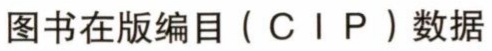
图书在版编目（C I P）数据